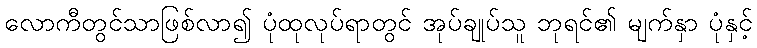
လောကီတွင်သာဖြစ်လာ၍ ပုံထုလုပ်ရာတွင် အုပ်ချုပ်သူ ဘုရင်၏ မျက်နှာ ပုံနှင့်